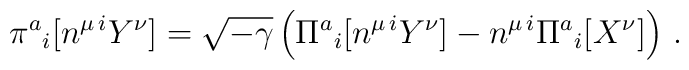
\pi^a{}_{i} [ n^{\mu\,i} Y^{\nu}] = \sqrt{-\gamma} \left( \Pi^a{}_{i}[n^{\mu\,i} Y^{\nu}] - n^{\mu\,i} \Pi^a{}_{i }[X^{\nu}] \right) \,.